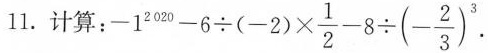
11.计算： $$- 1^{2020} - 6 \div (-2) \times \frac {1}{2} - 8 \div (- \frac{2}{3}^{3})$$ .